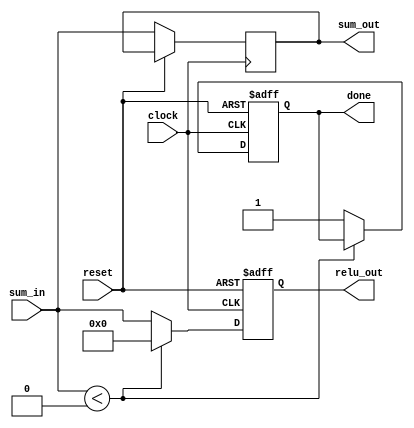
module relu(
	input clock,
	input reset,
	input signed [31:0] sum_in,
	output reg done,
	output signed [31:0] sum_out,
	output [31:0] relu_out
);

	reg [31:0] relu_out_reg;
	reg [31:0] sum_out_reg;

    always @(posedge clock or posedge reset) begin
		if (reset) begin
			relu_out_reg <=  32'b0;
			done <= 1'b0;
		end else begin
			sum_out_reg <= sum_in;
			if (sum_in < 0)
				relu_out_reg <=  32'b0;
			else begin
				relu_out_reg <=  sum_in;
				done <= 1'b1;
			end
		end
	end

	assign relu_out = relu_out_reg;
	assign sum_out = sum_out_reg;

endmodule